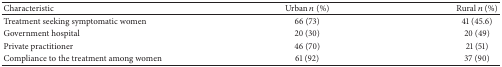
| Characteristic | Urban n (%) | Rural n (%) |
 | --- | --- | --- |
 | Treatment seeking symptomatic women | 66 (73) | 41 (45.6) |
 | Government hospital | 20 (30) | 20 (49) |
 | Private practitioner | 46 (70) | 21 (51) |
 | Compliance to the treatment among women | 61 (92) | 37 (90) |